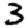
Digit: 3